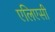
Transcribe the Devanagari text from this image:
एलिएसी